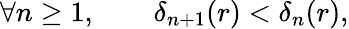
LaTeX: \forall n\geq 1,\qquad\delta_{n+1}(r)<\delta_{n}(r),